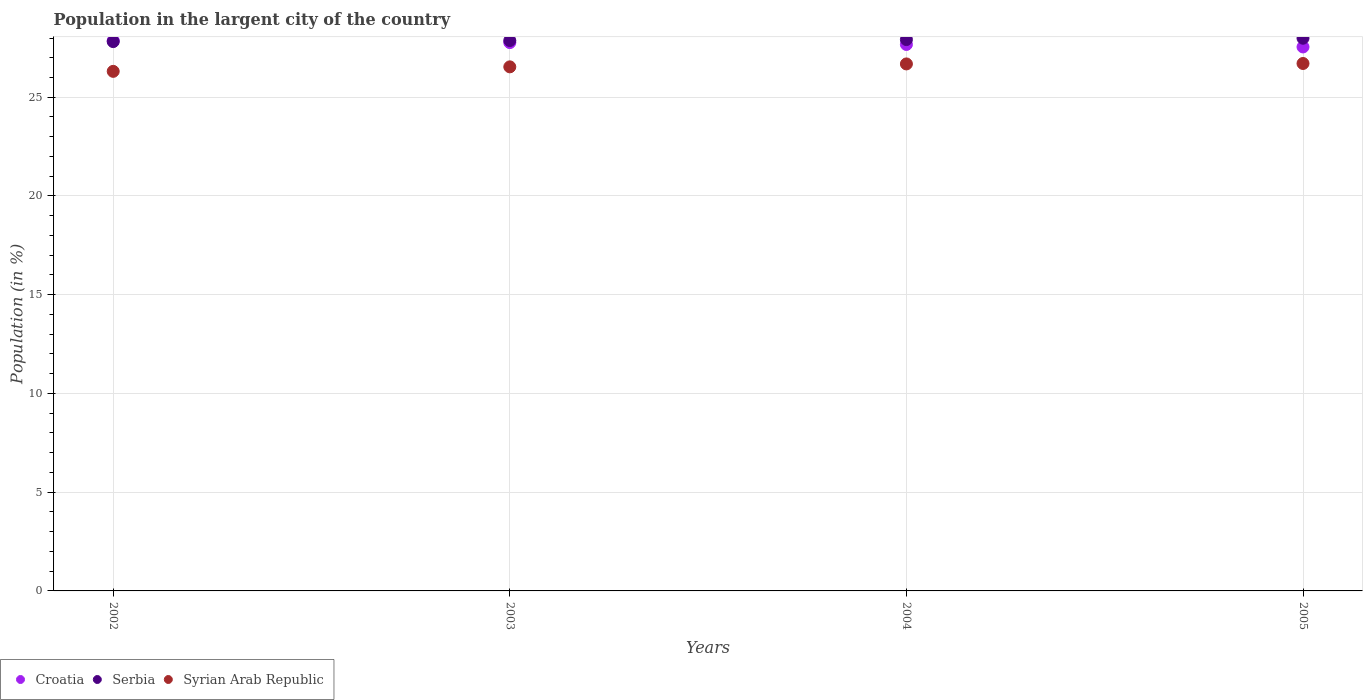
| Years | Croatia | Serbia | Syrian Arab Republic |
 | --- | --- | --- | --- |
 | 2002 | 27.9 | 27.8 | 26.3 |
 | 2003 | 27.8 | 27.9 | 26.5 |
 | 2004 | 27.7 | 27.9 | 26.7 |
 | 2005 | 27.5 | 28 | 26.7 |